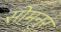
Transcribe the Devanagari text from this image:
सोमनुर